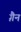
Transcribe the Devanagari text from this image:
ग़ैन